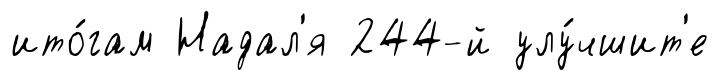
ито́гам Надал'я 244-й улу́чшит'е